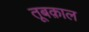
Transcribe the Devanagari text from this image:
तूबक़ाल